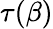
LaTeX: \tau(\beta)